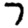
Digit: 7